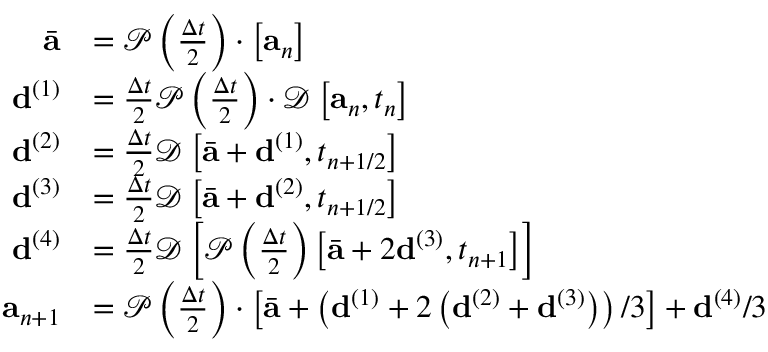
\begin{array} { r } { \begin{array} { r l } { \bar { \mathbf { a } } } & { = \mathcal { P } \left( \frac { \Delta t } { 2 } \right) \cdot \left[ \mathbf { a } _ { n } \right] } \\ { \mathbf { d } ^ { ( 1 ) } } & { = \frac { \Delta t } { 2 } \mathcal { P } \left( \frac { \Delta t } { 2 } \right) \cdot \mathcal { D } \left[ \mathbf { a } _ { n } , t _ { n } \right] } \\ { \mathbf { d } ^ { ( 2 ) } } & { = \frac { \Delta t } { 2 } \mathcal { D } \left[ \bar { \mathbf { a } } + \mathbf { d } ^ { ( 1 ) } , t _ { n + 1 / 2 } \right] } \\ { \mathbf { d } ^ { ( 3 ) } } & { = \frac { \Delta t } { 2 } \mathcal { D } \left[ \bar { \mathbf { a } } + \mathbf { d } ^ { ( 2 ) } , t _ { n + 1 / 2 } \right] } \\ { \mathbf { d } ^ { ( 4 ) } } & { = \frac { \Delta t } { 2 } \mathcal { D } \left[ \mathcal { P } \left( \frac { \Delta t } { 2 } \right) \left[ \bar { \mathbf { a } } + 2 \mathbf { d } ^ { ( 3 ) } , t _ { n + 1 } \right] \right] } \\ { \mathbf { a } _ { n + 1 } } & { = \mathcal { P } \left( \frac { \Delta t } { 2 } \right) \cdot \left[ \bar { \mathbf { a } } + \left( \mathbf { d } ^ { ( 1 ) } + 2 \left( \mathbf { d } ^ { ( 2 ) } + \mathbf { d } ^ { ( 3 ) } \right) \right) / 3 \right] + \mathbf { d } ^ { ( 4 ) } / 3 } \end{array} } \end{array}